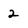
Character: 2